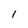
Character: l